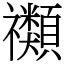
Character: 禷